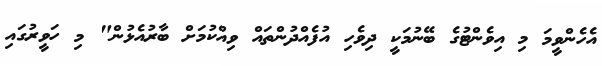
އެހެންވީމަ މި އިވެންޓުގެ ބޭނުމަކީ ދިވެހި އުފެއްދުންތައް ވިއްކުމަށް ބާރުއެޅުން" މި ހަވީރުގައި